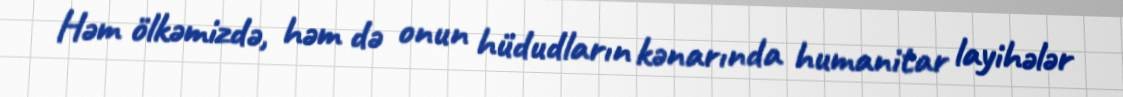
Həm ölkəmizdə, həm də onun hüdudların kənarında humanitar layihələr